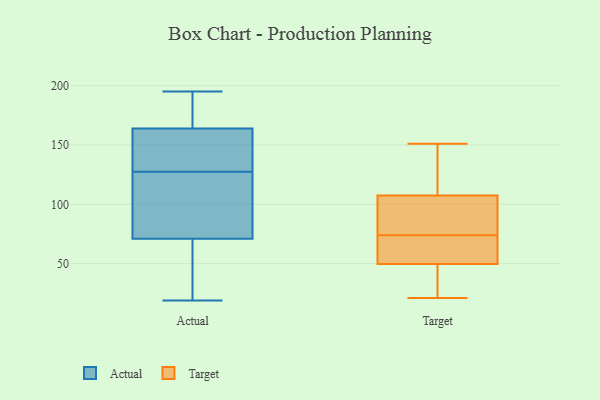
{"axis": {"x": "Active Users", "y": "Value"}, "legend": ["Actual", "Target"], "data": [{"x": "", "y": 164, "type": "Actual"}, {"x": "", "y": 195, "type": "Actual"}, {"x": "", "y": 27, "type": "Actual"}, {"x": "", "y": 86, "type": "Actual"}, {"x": "", "y": 154, "type": "Actual"}, {"x": "", "y": 186, "type": "Actual"}, {"x": "", "y": 179, "type": "Actual"}, {"x": "", "y": 104, "type": "Actual"}, {"x": "", "y": 160, "type": "Actual"}, {"x": "", "y": 27, "type": "Actual"}, {"x": "", "y": 151, "type": "Actual"}, {"x": "", "y": 77, "type": "Actual"}, {"x": "", "y": 19, "type": "Actual"}, {"x": "", "y": 71, "type": "Actual"}, {"x": "", "y": 21, "type": "Target"}, {"x": "", "y": 109, "type": "Target"}, {"x": "", "y": 61, "type": "Target"}, {"x": "", "y": 95, "type": "Target"}, {"x": "", "y": 107, "type": "Target"}, {"x": "", "y": 74, "type": "Target"}, {"x": "", "y": 98, "type": "Target"}, {"x": "", "y": 151, "type": "Target"}, {"x": "", "y": 50, "type": "Target"}, {"x": "", "y": 35, "type": "Target"}, {"x": "", "y": 49, "type": "Target"}, {"x": "", "y": 50, "type": "Target"}, {"x": "", "y": 137, "type": "Target"}]}